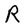
Character: R